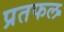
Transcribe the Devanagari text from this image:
प्रतफल